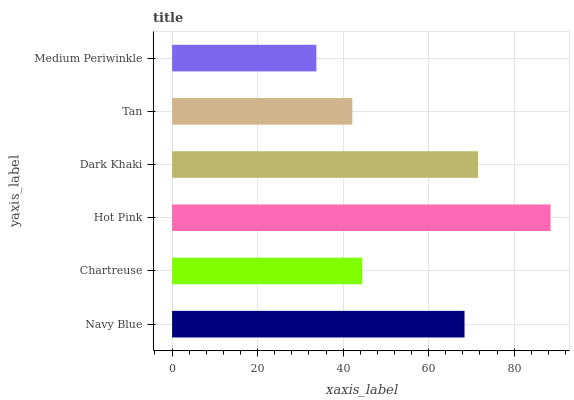
| yaxis_label | bars |
 | --- | --- |
 | Navy Blue | 68.4 |
 | Chartreuse | 44.5 |
 | Hot Pink | 88.5 |
 | Dark Khaki | 71.5 |
 | Tan | 42.1 |
 | Medium Periwinkle | 33.7 |